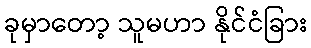
ခုမှာတော့ သူမဟာ နိုင်ငံခြား